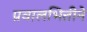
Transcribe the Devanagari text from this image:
प्रवालभित्तीने